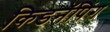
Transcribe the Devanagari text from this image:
किडनॅपिंग